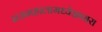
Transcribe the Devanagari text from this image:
राजमहालामध्येआसरा